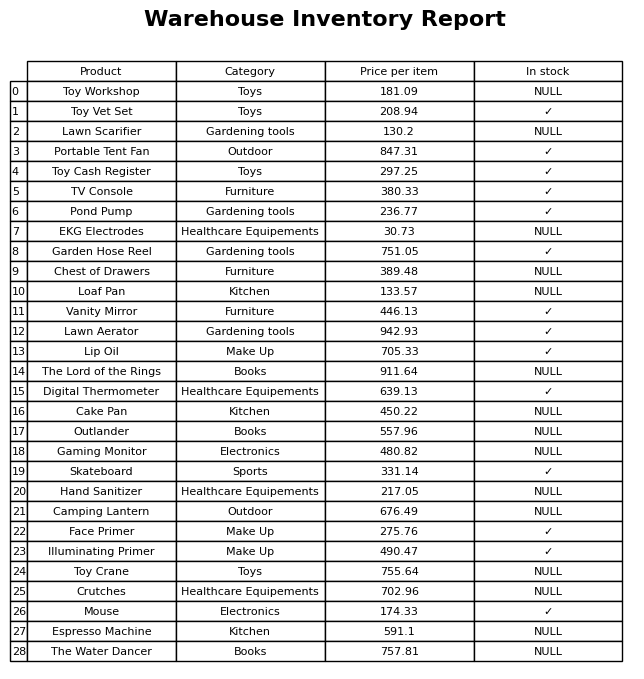
question: What is the price of the Vanity Mirror?
answer: The price of Vanity Mirror is 446.13.